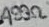
Text: 499Ω